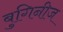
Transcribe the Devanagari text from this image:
बुगिनीज